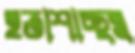
হতাশাচ্ছন্ন